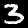
Label: 3